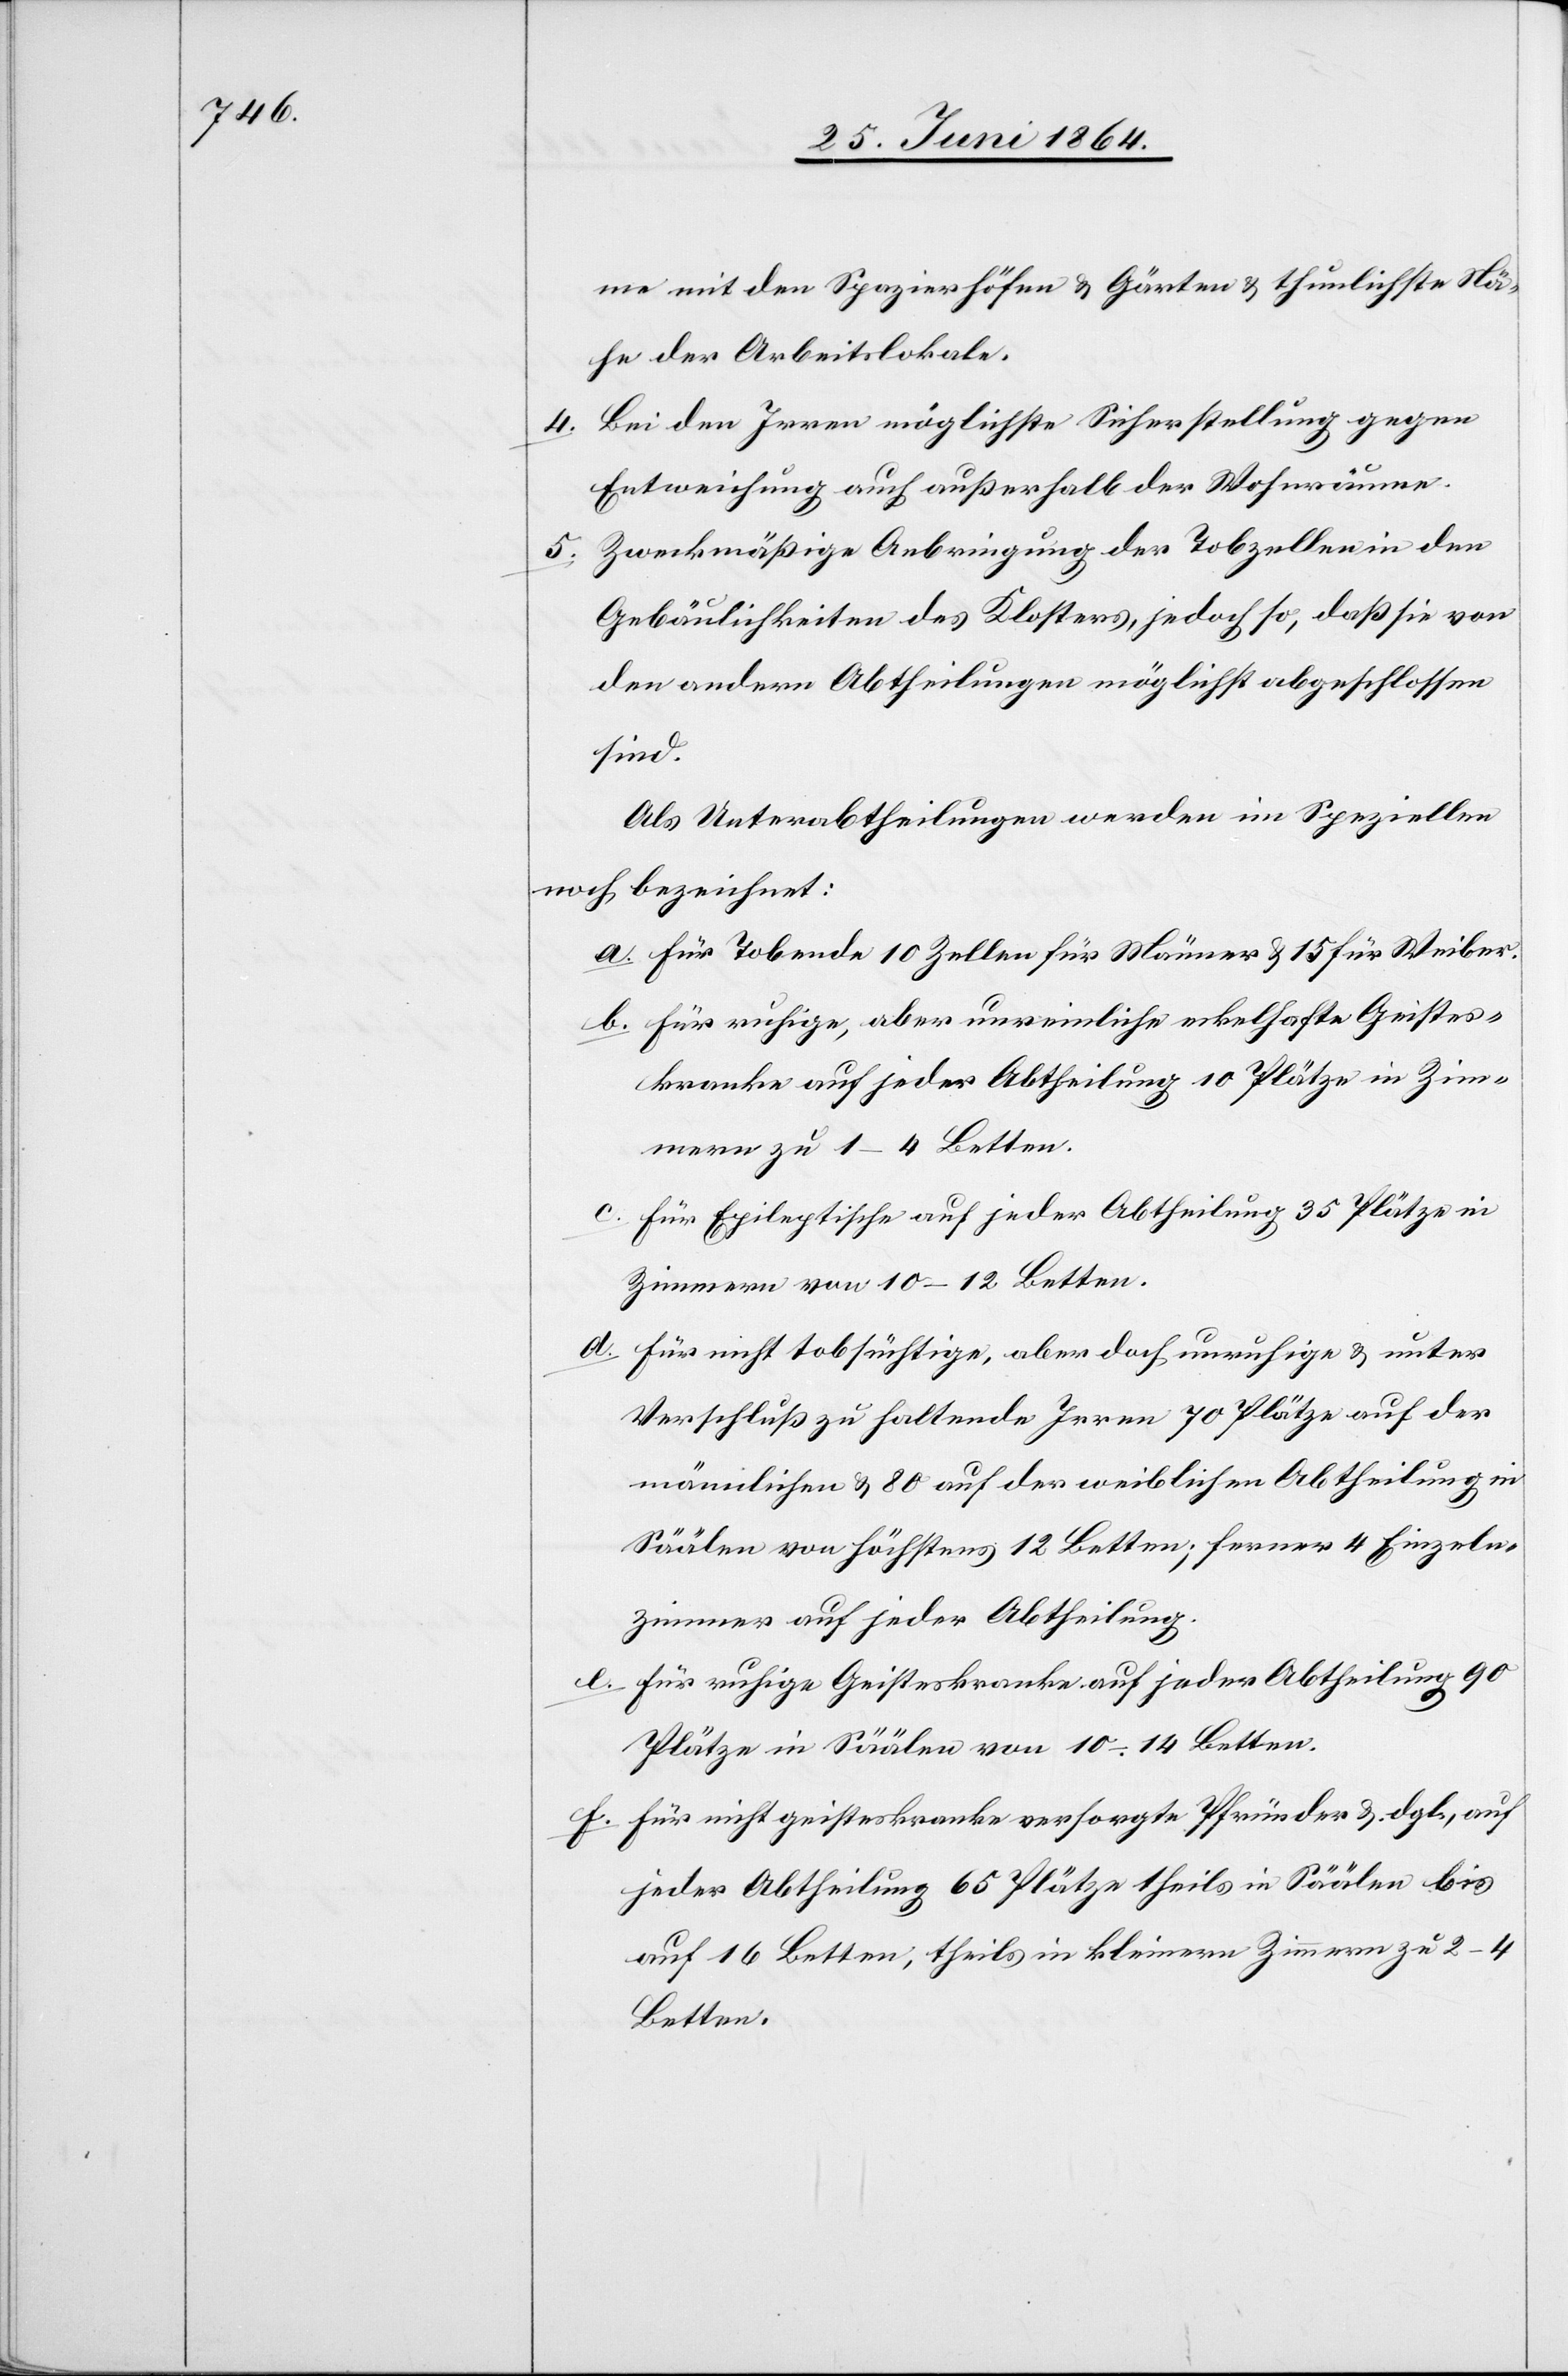
me mit den Spazierhöfen u. Gärten u. thunlichste Nä¬
he der Arbeitslokale.
Bei den Irren möglichste Sicherstellung gegen
4.
Entweichung auch außerhalb der Wohnräume.
5. Zweckmäßige Anbringung der Tobzellen in den
Gebäulichkeiten des Klosters, jedoch so, daß sie von
den andern Abtheilungen möglichst abgeschlossen
sind.
Als Unterabtheilungen werden im Speziellen
noch bezeichnet:
a. Für Tobende 10 Zellen für Männer u. 15 für Weiber.
b. Für ruhige, aber unreinliche eckelhafte Geistes¬
kranke auf jeder Abtheilung 10 Plätze in Zim¬
mern zu 1–4 Betten.
c. Für Epileptische auf jeder Abtheilung 35 Plätze in
Zimmern von 10–12 Betten.
d. Für nicht tobsüchtige, aber doch unruhige u. unter
Verschluß zu haltende Irren 70 Plätze auf der
männlichen u. 80 auf der weiblichen Abtheilung in
Säälen von höchstens 12 Betten; ferner 4 Einzeln¬
zimmer auf jeder Abtheilung.
e. Für ruhige Geisteskranke auf jeder Abtheilung 90
Plätze in Säälen von 10–14 Betten.
f. Für nicht geisteskranke versorgte Pfründer u. dgl., auf
jeder Abtheilung 65 Plätze theils in Säälen bis
auf 16 Betten, theils in kleinern Zimmern zu 2–4
Betten.